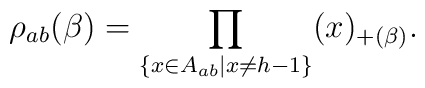
\rho_{ab}(\beta)=\prod_{\{x\in A_{ab}|x\neq h-1\}}(x)_{+(\beta)}.